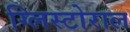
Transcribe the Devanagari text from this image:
ग्लिस्टोराल